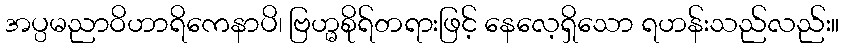
အပ္ပမညာဝိဟာရိကေနာပိ၊ ဗြဟ္မစိုရ်တရားဖြင့် နေလေ့ရှိသော ရဟန်းသည်လည်း။